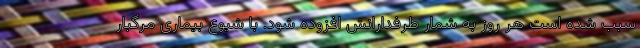
سبب شده است هر روز به شمار طرفدارانش افزوده شود. با شیوع بیماری مرگبار